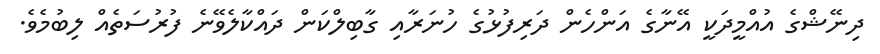
ދިނޭޝްގެ އުއްމީދަކީ އޭނާގެ އަންހެން ދަރިފުޅުގެ ހުނަރާއި ގާބިލްކަން ދައްކާލެވޭނެ ފުރުސަތެއް ލިބުމެވެ.